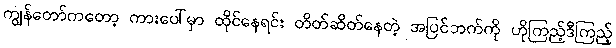
ကျွန်တော်ကတော့ ကားပေါ်မှာ ထိုင်နေရင်း တိတ်ဆိတ်နေတဲ့ အပြင်ဘက်ကို ဟိုကြည့်ဒီကြည့်